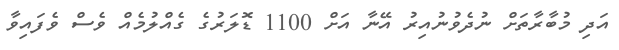
އަދި މުބާރާތަށް ނުދެވުނުއިރު އޭނާ އަށް 1100 ޑޮލަރުގެ ގެއްލުމެއް ވެސް ވެފައިވާ